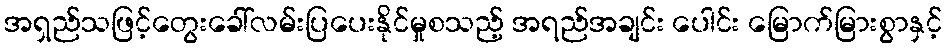
အရှည်သဖြင့်တွေးခေါ်လမ်းပြပေးနိုင်မှုစသည့် အရည်အချင်း ပေါင်း မြောက်မြားစွာနှင့်